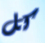
كل